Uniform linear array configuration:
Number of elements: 12
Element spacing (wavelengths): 1
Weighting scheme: cosine
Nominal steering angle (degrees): -15
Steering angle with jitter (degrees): -13.321
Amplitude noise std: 0.05
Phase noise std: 0.05

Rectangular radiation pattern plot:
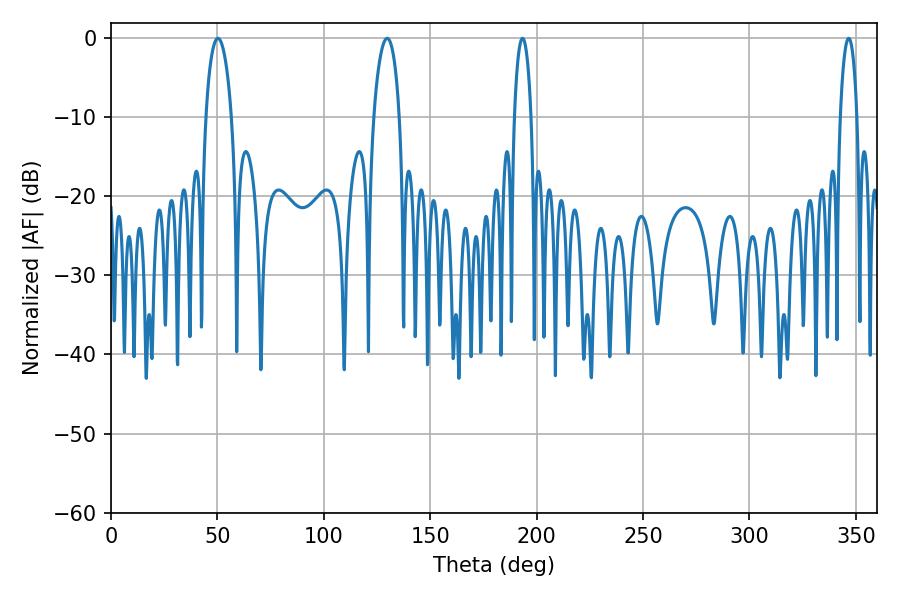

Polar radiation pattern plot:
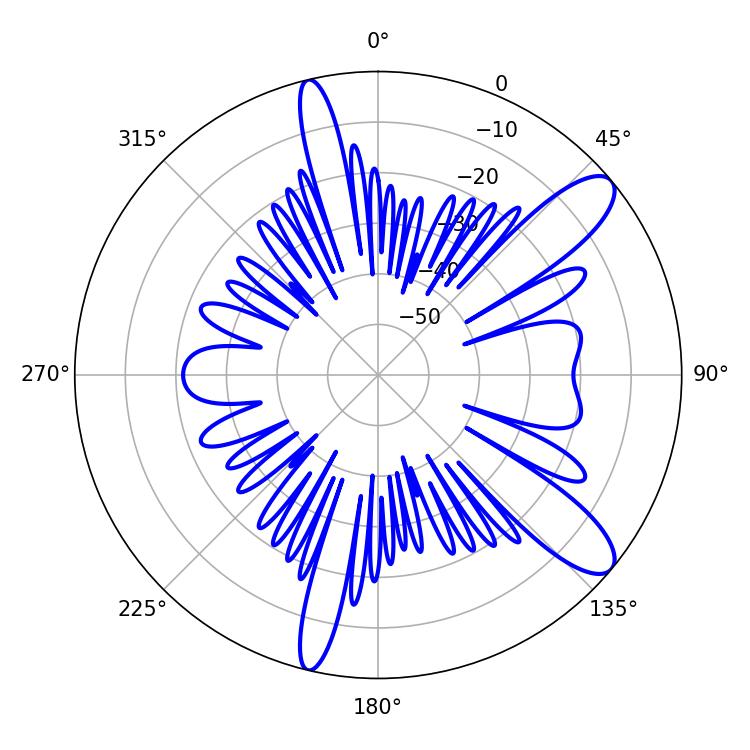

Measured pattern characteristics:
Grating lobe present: TRUE
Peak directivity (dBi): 10.851
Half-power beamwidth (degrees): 6.84
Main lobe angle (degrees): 50.22